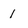
Character: 1